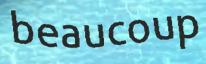
beaucoup